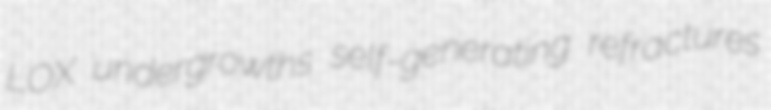
LOX undergrowths self-generating refractures